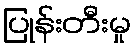
ပြုန်းတီးမှု